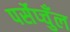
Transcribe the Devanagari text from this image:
पर्सेप्चुँल